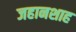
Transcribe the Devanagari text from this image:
जहानशाह